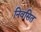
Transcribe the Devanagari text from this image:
निवसित